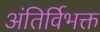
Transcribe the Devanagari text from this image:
अंतिर्विभक्त